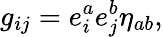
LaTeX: g_{ij}=e_{i}^{a}e_{j}^{b}\eta_{ab},